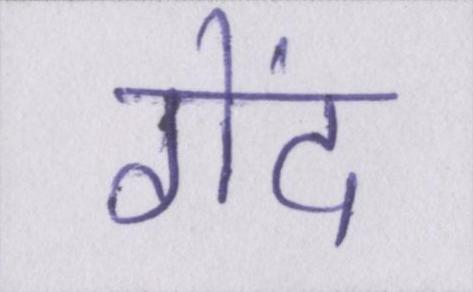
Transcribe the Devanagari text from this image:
गेंद